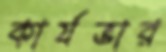
কার্যভার